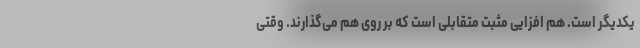
یکدیگر است. هم افزایی مثبت متقابلی است که بر روی هم می‌گذارند. وقتی